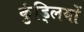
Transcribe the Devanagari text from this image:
कुंड्लियों